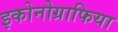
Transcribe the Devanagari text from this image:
इकोनोग्राफिया